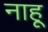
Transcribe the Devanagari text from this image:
नाहू